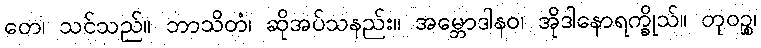
တေ၊ သင်သည်။ ဘာသိတံ၊ ဆိုအပ်သနည်း။ အမ္ဘောဒါနဝ၊ အိုဒါနောရက္ခိုသ်။ တုဝဉ္စ၊